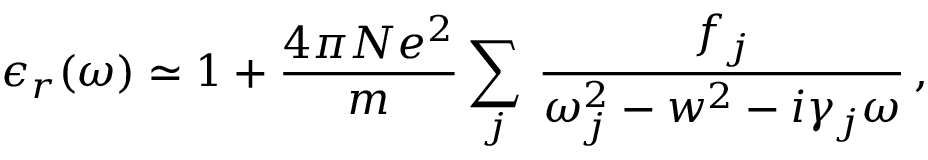
\epsilon _ { r } ( \omega ) \simeq 1 + \frac { 4 \pi N e ^ { 2 } } { m } \sum _ { j } \, \frac { f _ { j } } { \omega _ { j } ^ { 2 } - w ^ { 2 } - i \gamma _ { j } \omega } \, ,